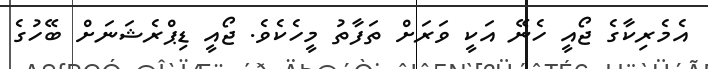
އެމެރިކާގެ ޖޯއީ ހެނޭ އަކީ ވަރަށް ތަފާތު މީހެކެވެ. ޖޯއީ ޑިޕްރެޝަނަށް ބޭހުގެ